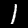
Digit: 1